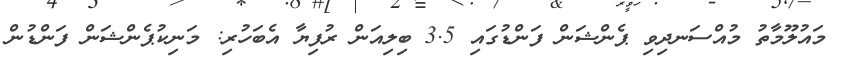
މައުލޫމާތު މުއްސަނދިވި ޕެންޝަން ފަންޑުގައި 3.5 ބިލިއަން ރުފިޔާ އެބަހުރި: މަނިކުޕެންޝަން ފަންޑުން